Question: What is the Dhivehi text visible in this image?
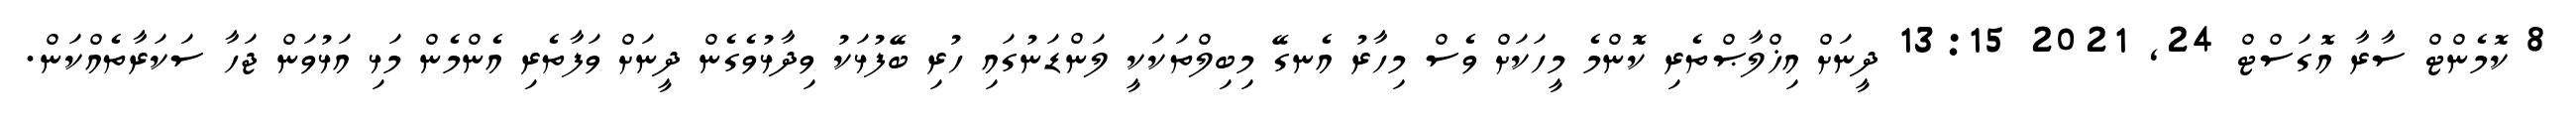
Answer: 8 ކޮމެންޓް ސާރާ އޮގަސްޓް 24, 2021 13:15 ދީނަށް އިޚްލާޞްތެރި ކޮންމެ މީހަކަށް ވެސް މިހާރު އެނގޭ މިބިލްތަކަކީ ލަންޑަނުގައި ހުރި ބޭފުޅަކު ވިދާޅުވެގެން ދީނަށް ވަފާތެރި އެންމެން މަޅި އަޅުވަން ޖަހާ ސަކަރާތެއްކަން.